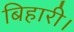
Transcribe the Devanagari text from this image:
बिहारी।